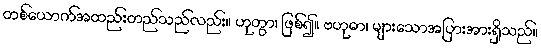
တစ်ယောက်အထည်းတည်သည်လည်း။ ဟုတွာ၊ ဖြစ်၍။ ဗဟုဓာ၊ များသောအပြားအားရှိသည်။